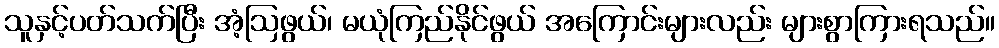
သူနှင့်ပတ်သက်ပြီး အံ့ဩဖွယ်၊ မယုံကြည်နိုင်ဖွယ် အကြောင်းများလည်း များစွာကြားရသည်။